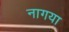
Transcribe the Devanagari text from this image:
नागया